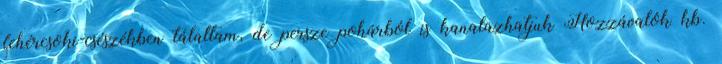
fehércsoki-csészékben tálaltam, de persze pohárból is kanalazhatjuk Hozzávalók kb.